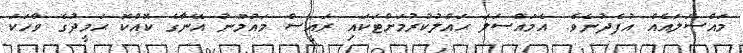
މައްސަލައެއް އުފެދުނެވެ. އެމައްސަލަ ޙައްލުކުރުމަށްޓަކައި ރައީސް މައުމޫނު އޭނާގެ ކޮއްކޮ ޙަމީދުގެ ވާހަކަ